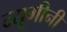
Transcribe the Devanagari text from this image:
न्यूगीनी